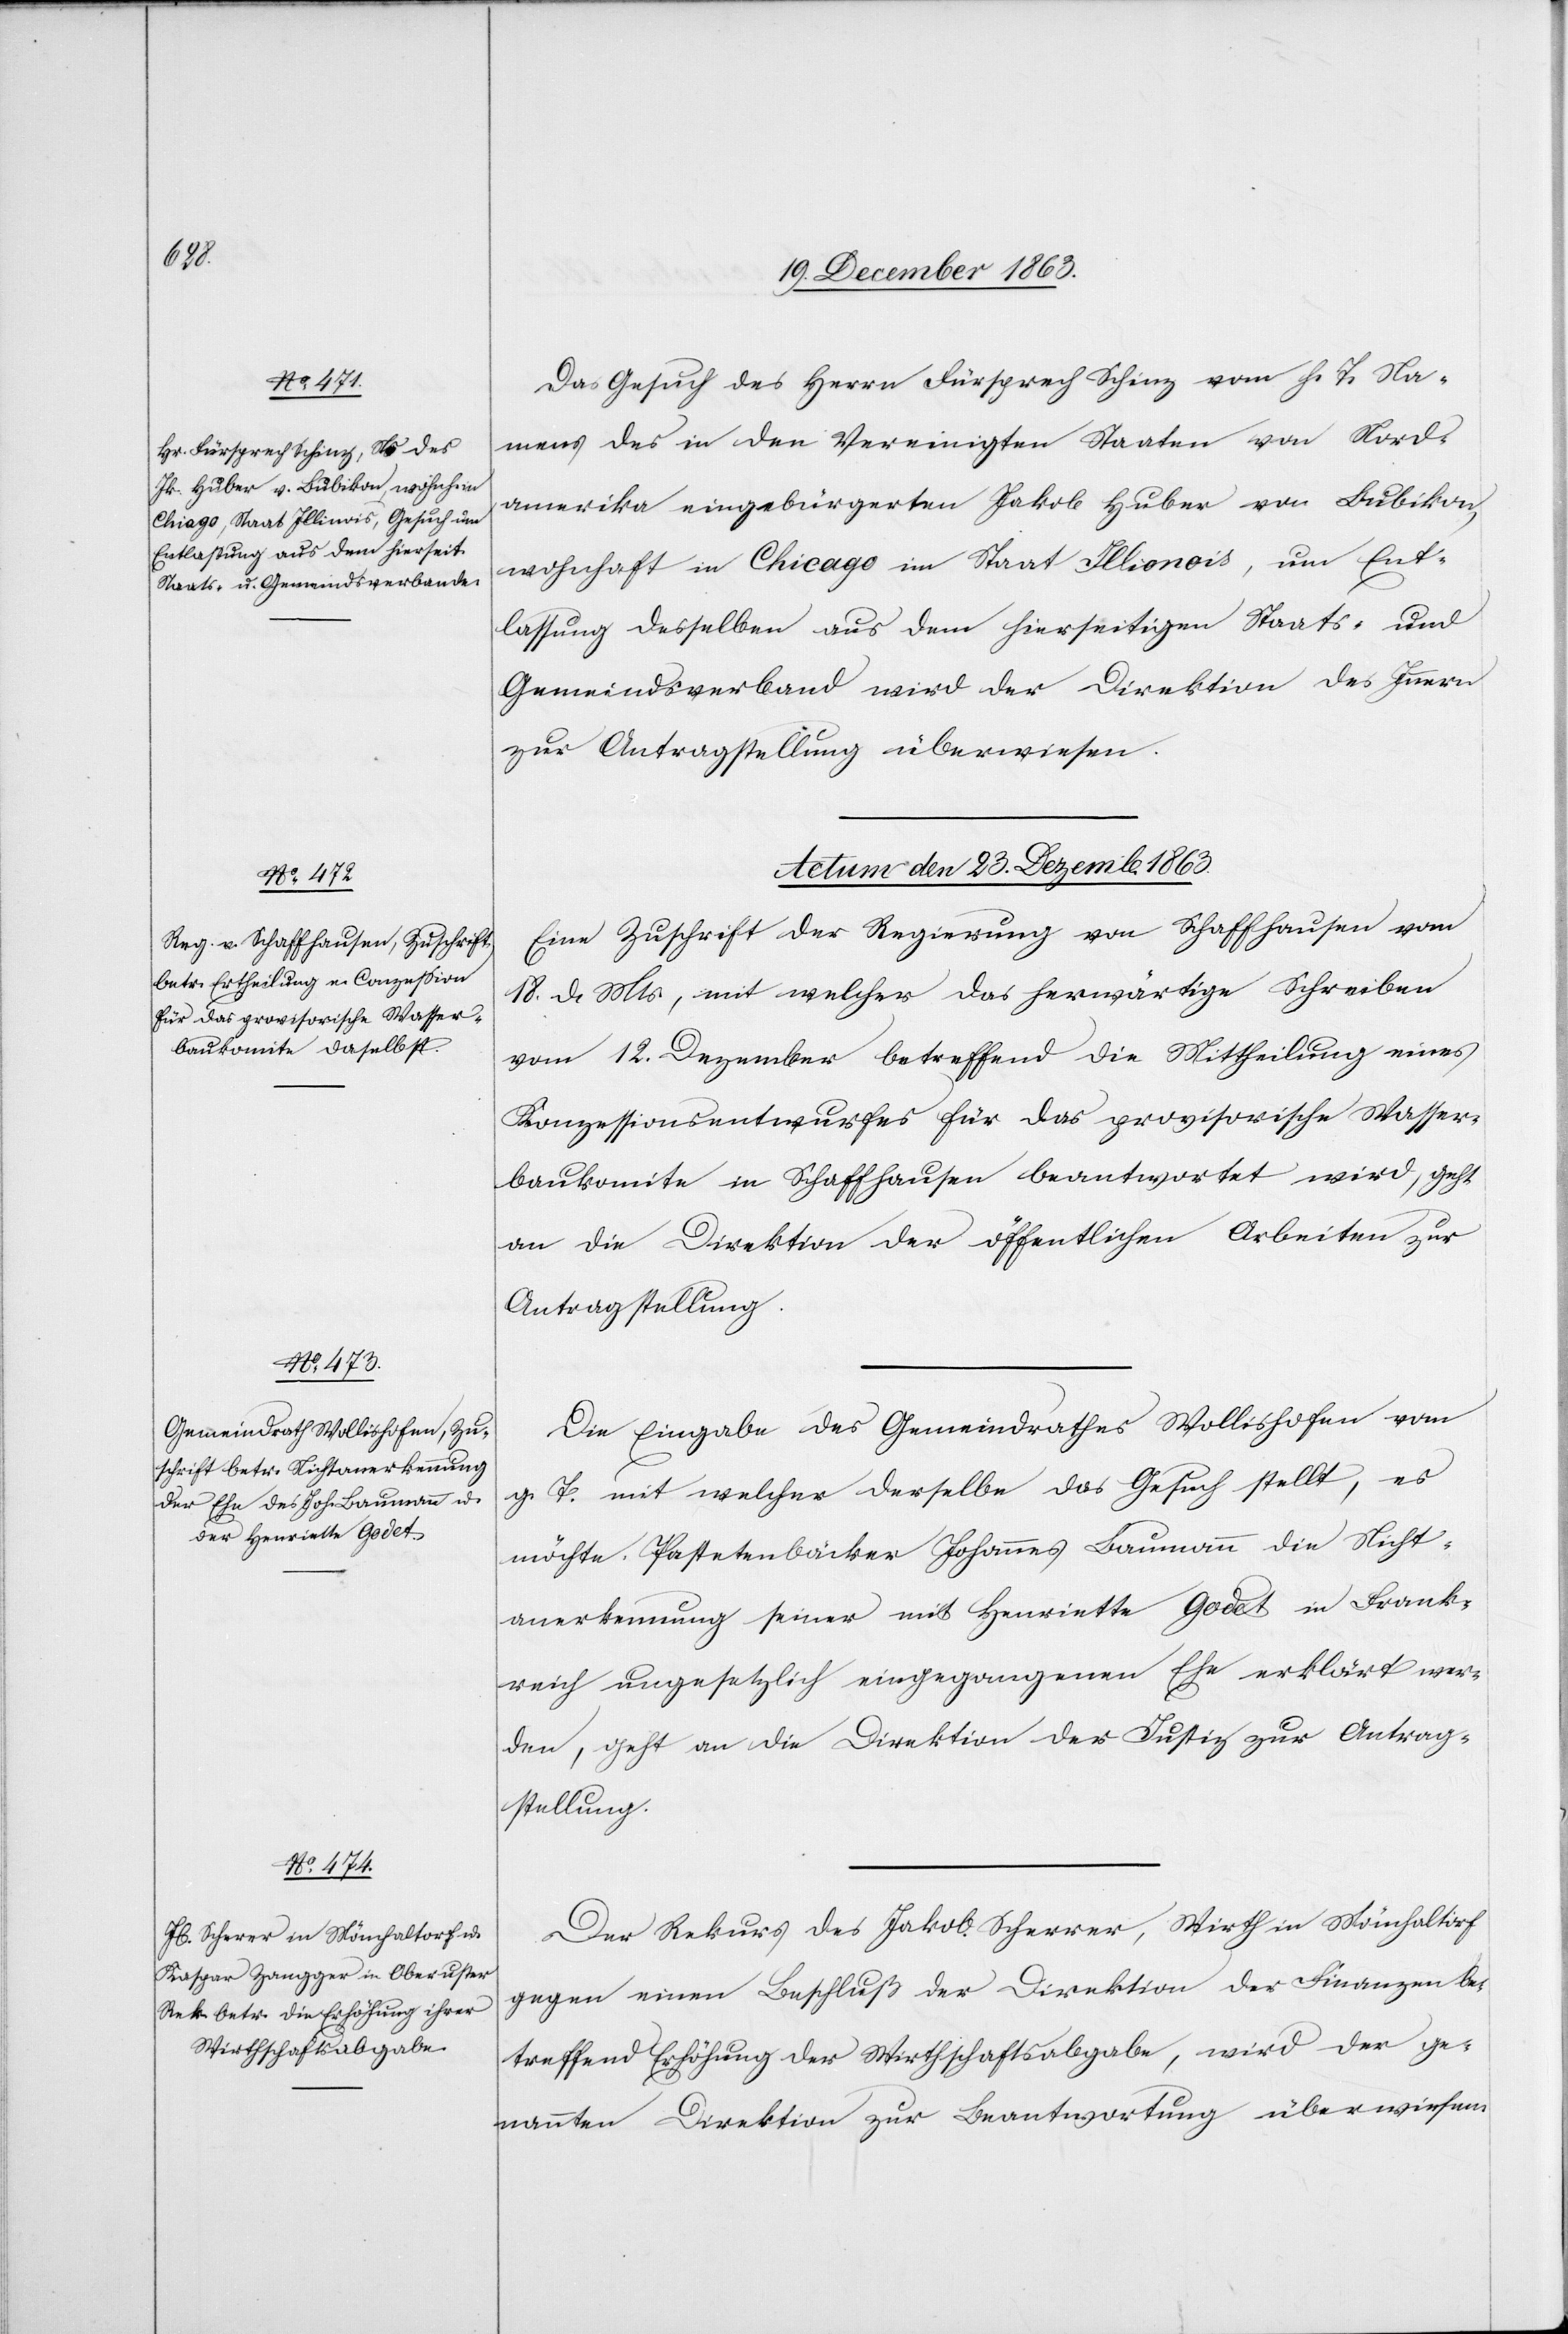
Das Gesuch des Herrn Fürsprech Schinz vom h. T. Na¬
mens des in den Vereinigten Staaten von Nord¬
amerika eingebürgerten Jakob Huber von Bubikon,
wohnhaft in Chicago im Staat Illionois [sic!], um Ent¬
lassung desselben aus dem hierseitigen Staats- und
Gemeindsverband wird der Direktion des Innern
zur Antragstellung überwiesen.
Actum den 23. Decemb. 1863.]
Eine Zuschrift der Regierung von Schaffhausen vom
18. d. Mts, mit welcher das herwärtige Schreiben
vom 12. Dezember betreffend die Mittheilung eines
Konzessionentwurfes für das provisorische Wasser¬
baukomite in Schaffhausen beantwortet wird, geht
an die Direktion der öffentlichen Arbeiten zur
Antragstellung.
Die Eingabe des Gemeindrathes Wollishofen vom
g. T. mit welcher derselbe das Gesuch stellt, es
möchte Pastetenbäcker Johannes Baumann die Nicht¬
anerkennung seiner mit Henriette Godet in Frank¬
reich ungesetzlich eingegangenen Ehe erklärt wer¬
den, geht an die Direktion der Justiz zur Antrag¬
stellung.
Der Rekurs des Jakob Scherrer [sic!], Wirth in Mönchaltorf
gegen einen Beschluß der Direktion der Finanzen be¬
treffend Erhöhung der Wirthschaftsabgabe, wird der ge¬
nannten Direktion zur Beantwortung überwiesen.